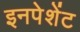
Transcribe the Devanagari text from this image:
इनपेशेंट